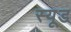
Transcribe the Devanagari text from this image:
स्यूड